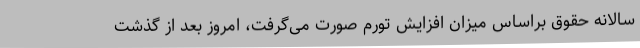
سالانه حقوق براساس میزان افزایش تورم صورت می‌گرفت، امروز بعد از گذشت